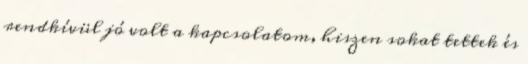
rendkívül jó volt a kapcsolatom, hiszen sokat tettek és